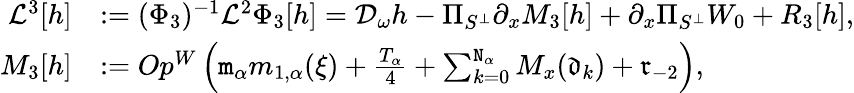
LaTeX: \begin{array}{rl}{\mathcal{L}^{3}[h]}&{:=(\Phi_{3})^{-1}\mathcal{L}^{2}\Phi_{3}[h]=\mathcal{D}_{\omega}h-\Pi_{S^{\perp}}\partial_{x}M_{3}[h]+\partial_{x}\Pi_{S^{\perp}}W_{0}+R_{3}[h],}\\ {M_{3}[h]}&{:=Op^{W}\left(\mathtt{m}_{\alpha}m_{1,\alpha}(\xi)+\frac{T_{\alpha}}4+\sum_{k=0}^{\mathtt{N}_{\alpha}}M_{x}(\mathfrak{d}_{k})+\mathfrak{r}_{-2}\right),}\end{array}